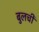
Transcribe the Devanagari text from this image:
बुलची